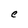
Character: C